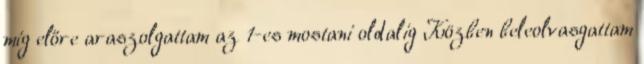
míg előre araszolgattam az 1-es mostani oldalig Közben beleolvasgattam